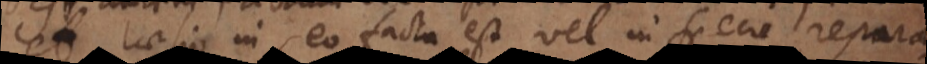
et laesio in eo facta est vel in specie repara